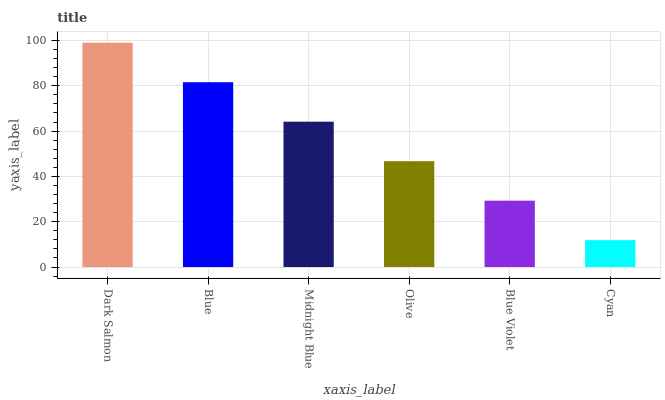
| xaxis_label | bars |
 | --- | --- |
 | Dark Salmon | 99 |
 | Blue | 81.6 |
 | Midnight Blue | 64.1 |
 | Olive | 46.7 |
 | Blue Violet | 29.3 |
 | Cyan | 11.9 |